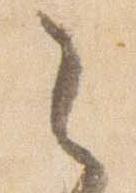
之